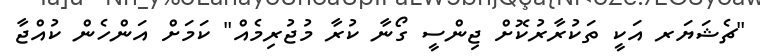
"ޗެޝަޔަރ އަކީ ތަކުރާރުކޮށް ޖިންސީ ގޯނާ ކުރާ މުޖުރިމެއް" ކަމަށް އަންހެން ކުއްޖާ